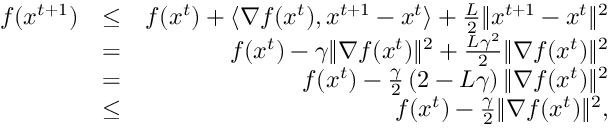
\begin{array} { r l r } { f ( x ^ { t + 1 } ) } & { \leq } & { f ( x ^ { t } ) + \langle \nabla f ( x ^ { t } ) , x ^ { t + 1 } - x ^ { t } \rangle + \frac { L } { 2 } \| x ^ { t + 1 } - x ^ { t } \| ^ { 2 } } \\ & { = } & { f ( x ^ { t } ) - \gamma \Vert \nabla f ( x ^ { t } ) \Vert ^ { 2 } + \frac { L \gamma ^ { 2 } } { 2 } \| \nabla f ( x ^ { t } ) \| ^ { 2 } } \\ & { = } & { f ( x ^ { t } ) - \frac { \gamma } { 2 } \left( 2 - L \gamma \right) \Vert \nabla f ( x ^ { t } ) \Vert ^ { 2 } } \\ & { \leq } & { f ( x ^ { t } ) - \frac { \gamma } { 2 } \Vert \nabla f ( x ^ { t } ) \Vert ^ { 2 } , } \end{array}